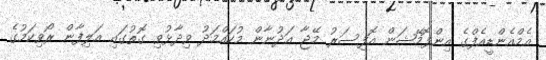
އެމްއެންޑީއެފްގެ އިންފޮމޭޝަން އޮފިސަރު މޭޖާ އަދުނާން މުހައްމަދު ވިދާޅުވި ގޮތުގައި އަލިފާން ރޯވިކަމުގެ